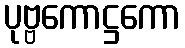
ပုဗ္ဗကောဋ္ဌကော